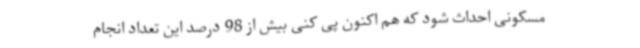
مسکونی احداث شود که هم اکنون پی کنی بیش از 98 درصد این تعداد انجام